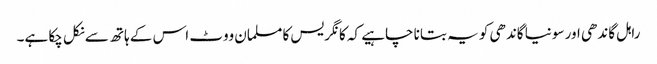
راہل گاندھی اور سونیا گاندھی کو یہ بتانا چاہیے کہ کانگریس کا مسلمان ووٹ اس کے ہاتھ سے نکل چکا ہے۔